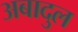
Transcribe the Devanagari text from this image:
अबादुल